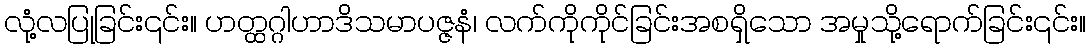
လုံ့လပြုခြင်း၎င်း။ ဟတ္ထဂ္ဂါဟာဒိသမာပဇ္ဇနံ၊ လက်ကိုကိုင်ခြင်းအစရှိသော အမှုသို့ရောက်ခြင်း၎င်း။